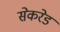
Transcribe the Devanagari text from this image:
सेकरेड